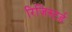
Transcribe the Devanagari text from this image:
रिजिस्टर्ड